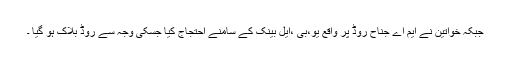
جبکہ خواتین نے ایم اے جناح روڈ پر واقع یو،بی ،ایل بینک کے سامنے احتجاج کیا جسکی وجہ سے روڈ بلاک ہو گیا ۔